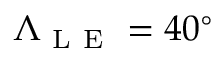
\Lambda _ { \mathrm { ~ L ~ E ~ } } = 4 0 ^ { \circ }